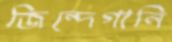
জিন্দেগানি